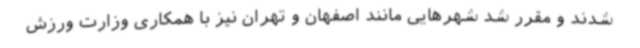
شدند و مقرر شد شهرهایی مانند اصفهان و تهران نیز با همکاری وزارت ورزش